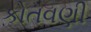
કોતવણી